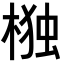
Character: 𭫆